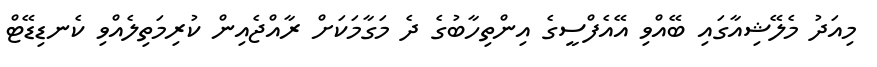
މިއަދު މެލޭޝިއާގައި ބޭއްވި އޭއެފްސީގެ އިންތިހާބުގެ ދެ މަގާމަކަށް ރާއްޖެއިން ކުރިމަތިލެއްވި ކެނޑިޑޭޓް